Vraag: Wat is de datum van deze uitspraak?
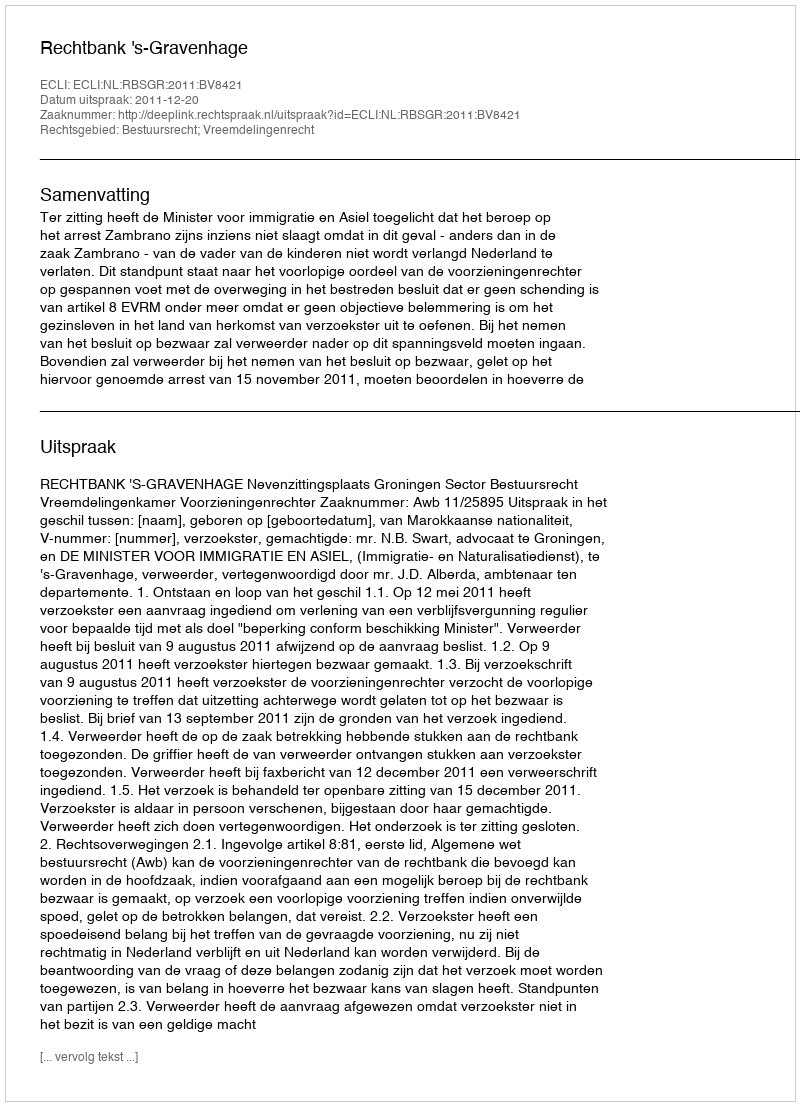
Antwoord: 2011-12-20